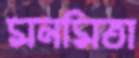
মনমিতা